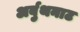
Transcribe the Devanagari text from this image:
अर्बुथनाट